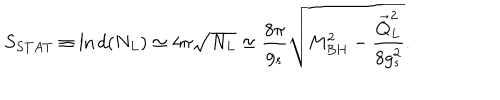
LaTeX: S _ { S T A T } \equiv \mathrm { l n } \, d ( N _ { L } ) \simeq 4 \pi \sqrt { N _ { L } } \simeq { \frac { 8 \pi } { g _ { s } } } \sqrt { M _ { B H } ^ { 2 } - { \frac { \vec { Q } _ { L } ^ { 2 } } { 8 g _ { s } ^ { 2 } } } } .